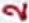
Text: 2